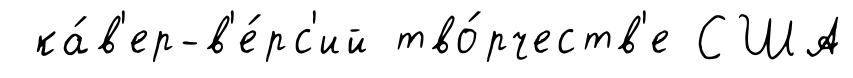
ка́в'ер-в'е́рс'ий тво́рчеств'е США